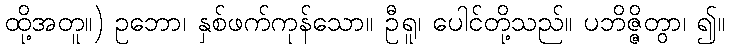
ထို့အတူ။) ဥဘော၊ နှစ်ဖက်ကုန်သော။ ဦရူ၊ ပေါင်တို့သည်။ ပဘိဇ္ဇိတွာ၊ ၍။